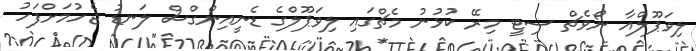
ލިވަޕޫލްއާ ނޯވެޗް ސިޓީ މިރޭ ކުޅުނު މެޗްގައި ލިވަޕޫލްގެ ޑެނީއިންގްސް ލަނޑު ޖެހުމަށްފަހު